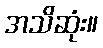
အသိဆုံး။